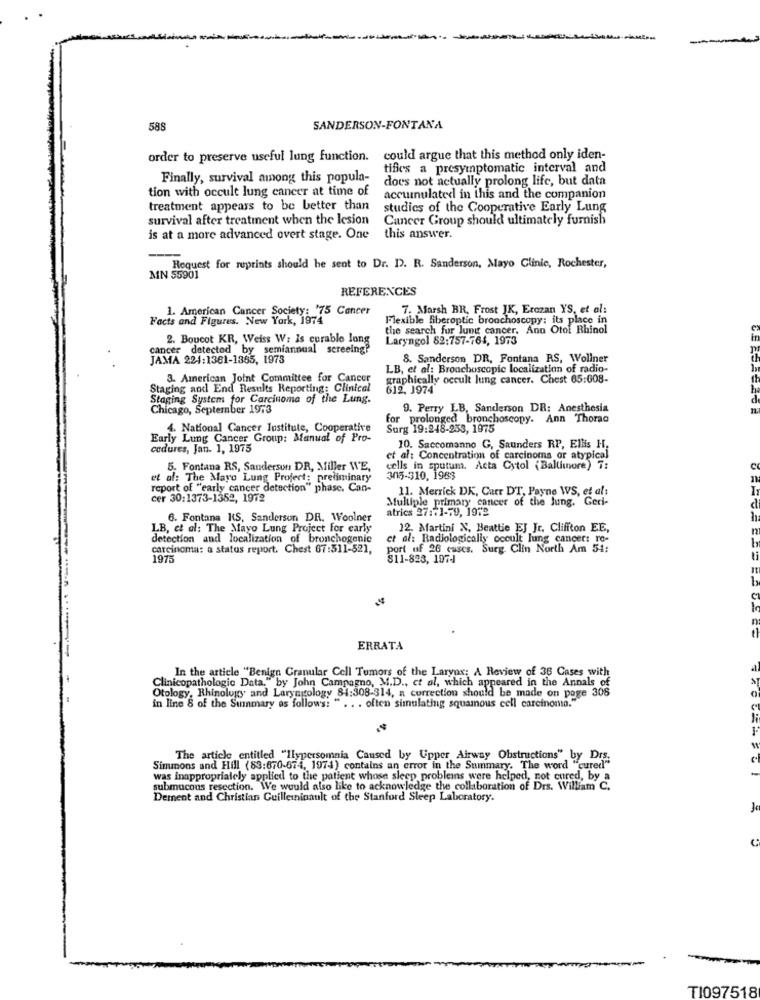
588
SANDERSON-FONTANA
order to preserve useful lung function. could argue that this method only iden-
tifies a presymptomatic interval and
Finally, survival among this popula-
does not actually prolong life, but data
tion with occult lung cancer at time of
accumulated in this and the companion
treatment appears to be better than
studies of the Cooperative Early Lung
survival after treatment when the lesion
Cancer Group should ultimately furnish
is at a more advanced overt stage. One
this answer.
-
Request for reprints should be sent to Dr. D. R. Sanderson, Mayo Clinic, Rochester,
MN 55901
REFERENCES
1. American Cancer Society: '75 Cancer
7. Marsh BR, Frost JK, Erozan YS, et al:
Facts and Figures. New York, 1974
Flexible fiberoptic bronchoscopy; its place in
the search for lung cancer. Ann Otol Rhinol
2. Boucot KR, Weiss W: Is curable Jong
Laryngol 82:757-764, 1973
cancer detected by semiannual screeing?
JAMA 224:1361-1365, 1973
8. Sanderson DR, Fontana RS, Wollner
LB, et al: Broachoscopic localization of radio-
3. American Joint Committee for Cancer
graphically occult lung cancer. Chest 65:608-
Staging and End Results Reporting: Clinical
612. 1974
Staging System for Carcinoma of the Lung.
d
Chicago, September 1973
9. Perry LB, Sanderson DR: Anesthesia
for prolonged bronchoscopy. Ann Thorac
4. National Cancer Institute, Cooperative
Surg 19:248-253, 1975
Early Lung Cancer Group: Manual of Pro-
codures, Jan. 1, 1975
10. Saccomanno G, Saunders RP, Ellis H.
et al: Concentration of carcinoma or atypical
5. Fontana RS, Sanderson DR, Miller WE,
cells in sputum. Acta Cytol (Baltimore) 7:
et al: The Mayo Lung Project: preliminary
305-310, 1983
report of "early cancer detection" phase. Can-
11. Merrick DK, Carr DT, Payne WS, et al:
cer 30:1373-1352, 1972
Multiple primary cancer of the Jung. Geri-
atrics 27:41-79, 1972
6. Fontana KS, Sanderson DR. Woolner
LB, et al: The Mayo Lung Project For carly
12. Martini N, Beattie EJ Jr. Cliffton EE,
detection and localization of bronchogenic
et al: Radiologically occult lung cancer: ro-
b
carcinoma: a status report. Chest 67:511-521,
port of 26 cases. Surg. Clin North Am 54:
1975
811-823, 107-1
1
ERRATA
In the article "Benign Granular Cell Tumors of the Larynx: A Review of 36 Cases with
Clinicopathologic Data." by John Campagno, M.D ., et al, which appeared in the Annals of
Otology, Rhinology and Laryngology 81:308-314, a correction should be made on page 308
in line 8 of the Summary as follows: " . . . often simulating squamous cell carcinoma."
The article entitled "Ilypersomnia Caused by Upper Airway Obstructions" by Drs.
Simmons and Hill (83:670-674, 1974) contains an error in the Summary. The word "cured"
-
was inappropriately applied to the patient whose sleep problems were helped, not cured, by a
submucous resectie
resection. We would also like to acknowledge the collaboration of Drs. William C.
Dement and Christian Guilleininault of the Stanford Sleep Laboratory.
C
TI097518